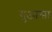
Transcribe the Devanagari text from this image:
युआसा